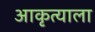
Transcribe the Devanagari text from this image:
आकृत्याला